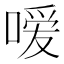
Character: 嗳